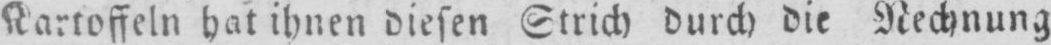
Kartoffeln hat ihnen diesen Strich durch die Rechnung